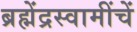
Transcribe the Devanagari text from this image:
ब्रह्मेंद्रस्वामींचें